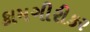
કામગીરીકર